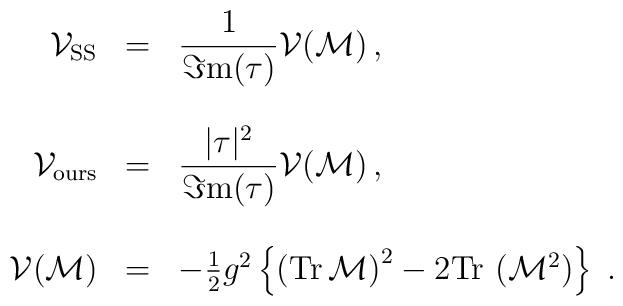
\begin{array}{rcl}{\cal V}_{\rm SS} & = & {\displaystyle\frac{1}{\Im{\rm m}(\tau)}}{\cal V}({\cal M})\, ,\\& & \\{\cal V}_{\rm ours} & = & {\displaystyle\frac{|\tau|^{2}}{\Im{\rm m}(\tau)}}{\cal V}({\cal M})\, ,\\& & \\{\cal V}({\cal M}) & = & -{\textstyle\frac{1}{2}}g^{2}\left\{\left({\rm Tr}\,\mathcal{M}\right)^{2}-2{\rm Tr}\, \left( \mathcal{M}^{2} \right)\right\} \; .\\\end{array}